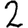
Digit: 2